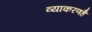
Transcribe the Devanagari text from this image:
व्याकरणहै